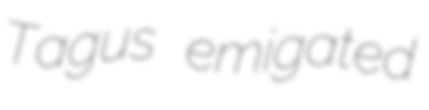
Tagus emigated